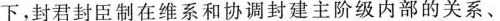
下，封君封臣制在维系和协调封建主阶级内部的关系、